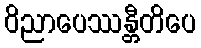
ဝိညာပေဿန္တီတိပေ